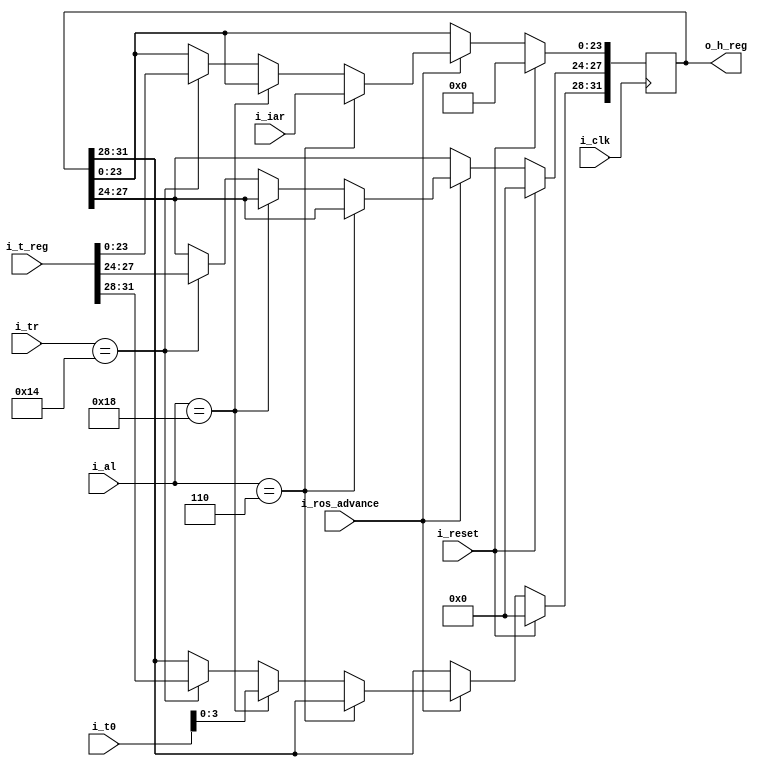
`default_nettype   none

// 2050 h register

module x2050hreg (i_clk, i_reset,
	i_ros_advance,
	i_tr,
	i_al,
	i_t_reg,
	i_t0,
	i_iar,
	o_h_reg);

	input wire i_clk;
	input wire i_reset;
	input wire i_ros_advance;

	input wire [4:0] i_tr;
	input wire [4:0] i_al;
	input wire [31:0] i_t_reg;
	input wire [31:0] i_t0;
	input wire [23:0] i_iar;
	output reg [31:0] o_h_reg;

// h register: rh001
// h register set: kc222

always @(posedge i_clk)
	if (i_reset)
		o_h_reg <= 0;
	else if (!i_ros_advance)
		;
	else if (i_al == 5'd6)
		o_h_reg[31-8:31-31] <= i_iar;
	else if (i_al == 5'd24)
		o_h_reg[31-0:31-3] <= i_t0[31-28:31-31];
	else if (i_tr == 5'd20)
		o_h_reg <= i_t_reg;

endmodule